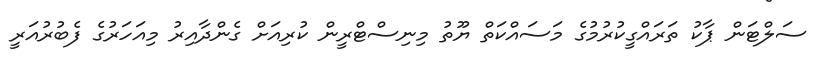
ސަލްޓަން ޕާކު ތަރައްގީކުރުމުގެ މަސައްކަތް ޔޫތު މިނިސްޓްރީން ކުރިއަށް ގެންދާއިރު މިއަހަރުގެ ފެބުރުއަރީ